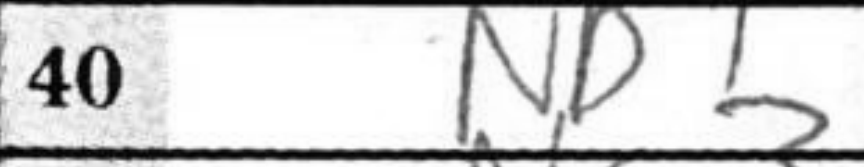
Transcription: Nb1